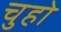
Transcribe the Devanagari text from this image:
चुहो